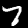
Digit: 7